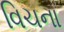
વિચના